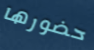
حضورها